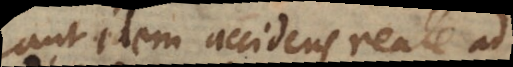
aut idem accidens reale ad